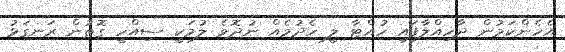
އެހެންކަމުން ދާހިއްލާފައި ހުއްޓާ ލީ ހެދުމެއް ނުދޮވެ ލުމަކީ ސިއްހީ ގޮތުން ރަނގަޅު